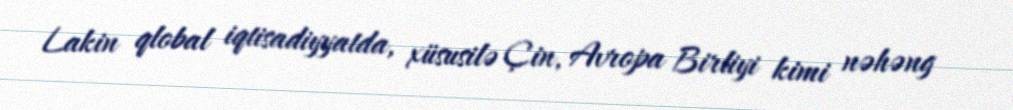
Lakin qlobal iqtisadiyyatda, xüsusilə Çin, Avropa Birliyi kimi nəhəng